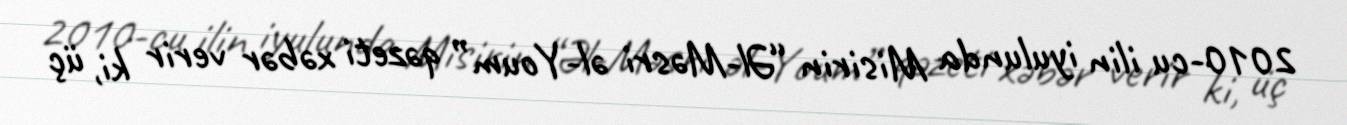
2010-cu ilin iyulunda Misirin “Əl-Məsri əl-Youm” qəzeti xəbər verir ki, üç